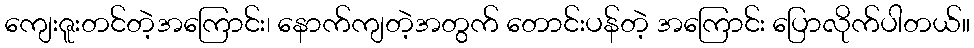
ကျေးဇူးတင်တဲ့အကြောင်း၊ နောက်ကျတဲ့အတွက် တောင်းပန်တဲ့ အကြောင်း ပြောလိုက်ပါတယ်။